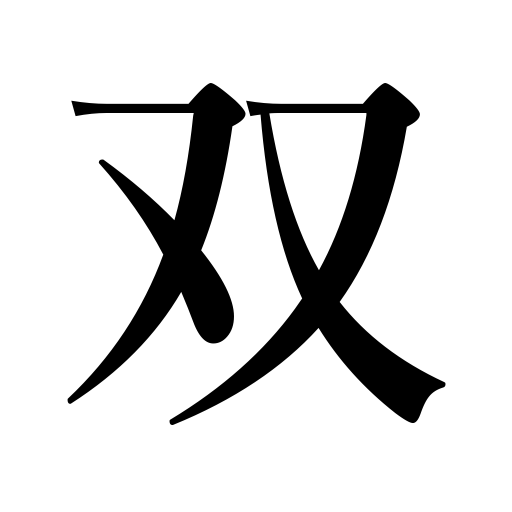
Meanings: ,a set,comparison,a pair,counter for pairs